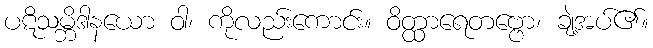
ပဋိသမ္ဘိဒါနယော ဝါ၊ ကိုလည်းကောင်း။ ဝိတ္ထာရေတဗ္ဗော၊ ချဲ့အပ်၏။